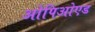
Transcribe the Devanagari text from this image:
ओपिओएड